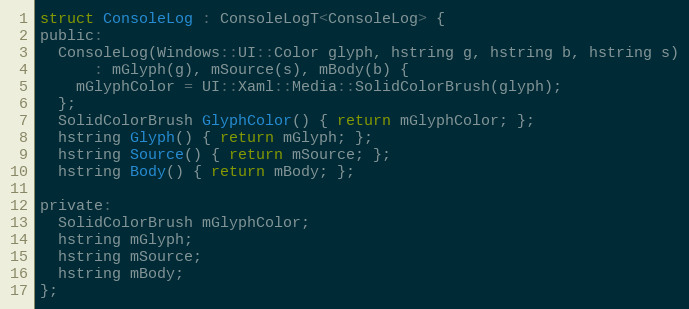
Language: C
struct ConsoleLog : ConsoleLogT<ConsoleLog> {
public:
  ConsoleLog(Windows::UI::Color glyph, hstring g, hstring b, hstring s)
      : mGlyph(g), mSource(s), mBody(b) {
    mGlyphColor = UI::Xaml::Media::SolidColorBrush(glyph);
  };
  SolidColorBrush GlyphColor() { return mGlyphColor; };
  hstring Glyph() { return mGlyph; };
  hstring Source() { return mSource; };
  hstring Body() { return mBody; };

private:
  SolidColorBrush mGlyphColor;
  hstring mGlyph;
  hstring mSource;
  hstring mBody;
};